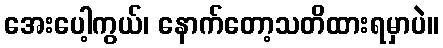
အေးပေါ့ကွယ်၊ နောက်တော့သတိထားရမှာပဲ။